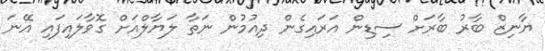
ޔާނިޒް ބާރު ބާރަށް ސިޑިން އަރައިގެން ދިއުމުން ނަތާ ލަޔާލްއަށް ގޮވާލައިފައި އޭނަ